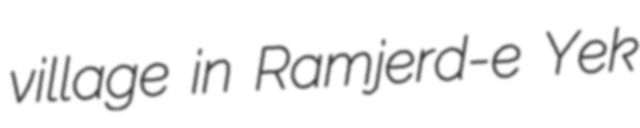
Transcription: village in Ramjerd-e Yek